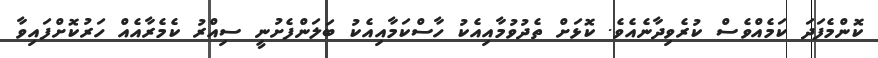
ކޮންމެފަދަ ކަމެއްވެސް ކުރެވިދާނެއެވެ. ކޮޅަށް ތެދުވުމާއިއެކު ހާސްކަމާއިއެކު ބަލަންފެށުނީ ސިއްރު ކެމެރާއެއް ހަރުކޮށްފައިވާ